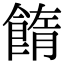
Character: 䭉